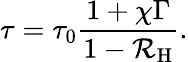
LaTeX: \tau=\tau_{0}\frac{1+\chi\Gamma}{1-\mathcal{R}_{\mathrm{H}}}.